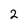
Character: 2